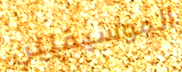
الموسيقيين